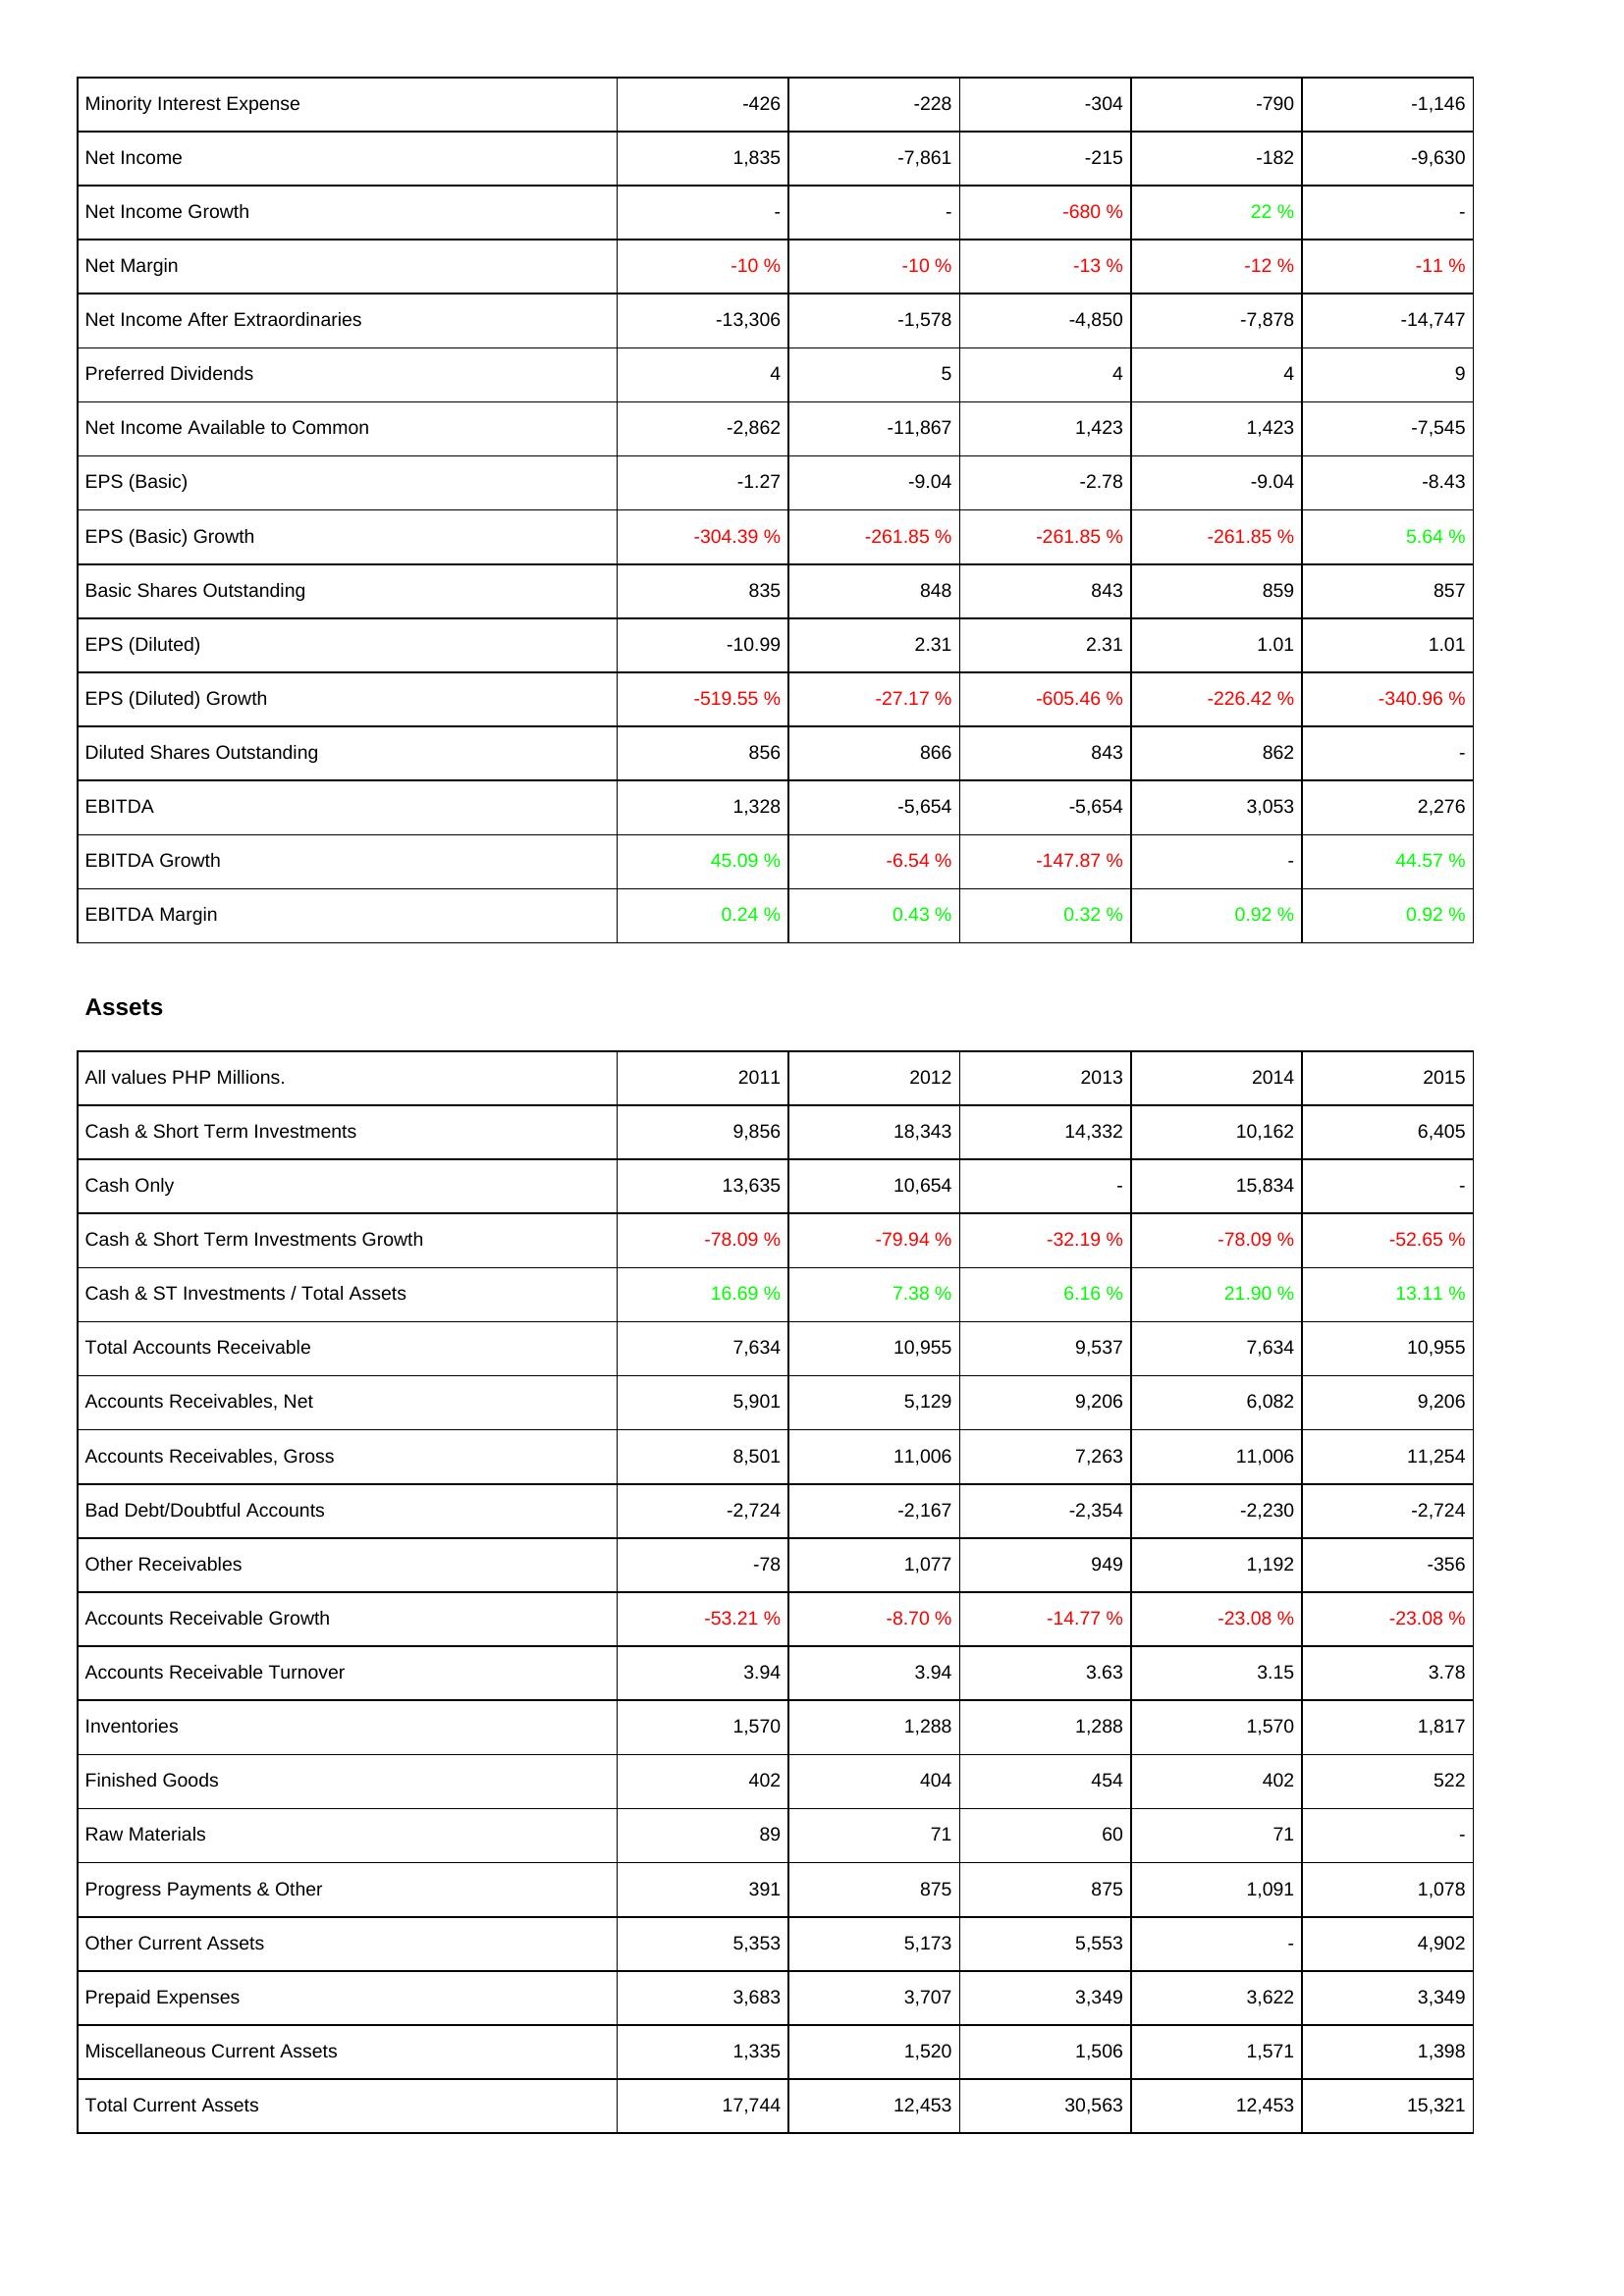
2011: Income Statement: Minority Interest Expense: -426
Net Income: 1,835
Net Income Growth: -
Net Margin: -10 %
Net Income After Extraordinaries: -13,306
Preferred Dividends: 4
Net Income Available to Common: -2,862
EPS (Basic): -1.27
EPS (Basic) Growth: -304.39 %
Basic Shares Outstanding: 835
EPS (Diluted): -10.99
EPS (Diluted) Growth: -519.55 %
Diluted Shares Outstanding: 856
EBITDA: 1,328
EBITDA Growth: 45.09 %
EBITDA Margin: 0.24 %
Assets: Cash & Short Term Investments: 9,856
Cash Only: 13,635
Cash & Short Term Investments Growth: -78.09 %
Cash & ST Investments / Total Assets: 16.69 %
Total Accounts Receivable: 7,634
Accounts Receivables, Net: 5,901
Accounts Receivables, Gross: 8,501
Bad Debt/Doubtful Accounts: -2,724
Other Receivables: -78
Accounts Receivable Growth: -53.21 %
Accounts Receivable Turnover: 3.94
Inventories: 1,570
Finished Goods: 402
Raw Materials: 89
Progress Payments & Other: 391
Other Current Assets: 5,353
Prepaid Expenses: 3,683
Miscellaneous Current Assets: 1,335
Total Current Assets: 17,744
2012: Income Statement: Minority Interest Expense: -228
Net Income: -7,861
Net Income Growth: -
Net Margin: -10 %
Net Income After Extraordinaries: -1,578
Preferred Dividends: 5
Net Income Available to Common: -11,867
EPS (Basic): -9.04
EPS (Basic) Growth: -261.85 %
Basic Shares Outstanding: 848
EPS (Diluted): 2.31
EPS (Diluted) Growth: -27.17 %
Diluted Shares Outstanding: 866
EBITDA: -5,654
EBITDA Growth: -6.54 %
EBITDA Margin: 0.43 %
Assets: Cash & Short Term Investments: 18,343
Cash Only: 10,654
Cash & Short Term Investments Growth: -79.94 %
Cash & ST Investments / Total Assets: 7.38 %
Total Accounts Receivable: 10,955
Accounts Receivables, Net: 5,129
Accounts Receivables, Gross: 11,006
Bad Debt/Doubtful Accounts: -2,167
Other Receivables: 1,077
Accounts Receivable Growth: -8.70 %
Accounts Receivable Turnover: 3.94
Inventories: 1,288
Finished Goods: 404
Raw Materials: 71
Progress Payments & Other: 875
Other Current Assets: 5,173
Prepaid Expenses: 3,707
Miscellaneous Current Assets: 1,520
Total Current Assets: 12,453
2013: Income Statement: Minority Interest Expense: -304
Net Income: -215
Net Income Growth: -680 %
Net Margin: -13 %
Net Income After Extraordinaries: -4,850
Preferred Dividends: 4
Net Income Available to Common: 1,423
EPS (Basic): -2.78
EPS (Basic) Growth: -261.85 %
Basic Shares Outstanding: 843
EPS (Diluted): 2.31
EPS (Diluted) Growth: -605.46 %
Diluted Shares Outstanding: 843
EBITDA: -5,654
EBITDA Growth: -147.87 %
EBITDA Margin: 0.32 %
Assets: Cash & Short Term Investments: 14,332
Cash Only: -
Cash & Short Term Investments Growth: -32.19 %
Cash & ST Investments / Total Assets: 6.16 %
Total Accounts Receivable: 9,537
Accounts Receivables, Net: 9,206
Accounts Receivables, Gross: 7,263
Bad Debt/Doubtful Accounts: -2,354
Other Receivables: 949
Accounts Receivable Growth: -14.77 %
Accounts Receivable Turnover: 3.63
Inventories: 1,288
Finished Goods: 454
Raw Materials: 60
Progress Payments & Other: 875
Other Current Assets: 5,553
Prepaid Expenses: 3,349
Miscellaneous Current Assets: 1,506
Total Current Assets: 30,563
2014: Income Statement: Minority Interest Expense: -790
Net Income: -182
Net Income Growth: 22 %
Net Margin: -12 %
Net Income After Extraordinaries: -7,878
Preferred Dividends: 4
Net Income Available to Common: 1,423
EPS (Basic): -9.04
EPS (Basic) Growth: -261.85 %
Basic Shares Outstanding: 859
EPS (Diluted): 1.01
EPS (Diluted) Growth: -226.42 %
Diluted Shares Outstanding: 862
EBITDA: 3,053
EBITDA Growth: -
EBITDA Margin: 0.92 %
Assets: Cash & Short Term Investments: 10,162
Cash Only: 15,834
Cash & Short Term Investments Growth: -78.09 %
Cash & ST Investments / Total Assets: 21.90 %
Total Accounts Receivable: 7,634
Accounts Receivables, Net: 6,082
Accounts Receivables, Gross: 11,006
Bad Debt/Doubtful Accounts: -2,230
Other Receivables: 1,192
Accounts Receivable Growth: -23.08 %
Accounts Receivable Turnover: 3.15
Inventories: 1,570
Finished Goods: 402
Raw Materials: 71
Progress Payments & Other: 1,091
Other Current Assets: -
Prepaid Expenses: 3,622
Miscellaneous Current Assets: 1,571
Total Current Assets: 12,453
2015: Income Statement: Minority Interest Expense: -1,146
Net Income: -9,630
Net Income Growth: -
Net Margin: -11 %
Net Income After Extraordinaries: -14,747
Preferred Dividends: 9
Net Income Available to Common: -7,545
EPS (Basic): -8.43
EPS (Basic) Growth: 5.64 %
Basic Shares Outstanding: 857
EPS (Diluted): 1.01
EPS (Diluted) Growth: -340.96 %
Diluted Shares Outstanding: -
EBITDA: 2,276
EBITDA Growth: 44.57 %
EBITDA Margin: 0.92 %
Assets: Cash & Short Term Investments: 6,405
Cash Only: -
Cash & Short Term Investments Growth: -52.65 %
Cash & ST Investments / Total Assets: 13.11 %
Total Accounts Receivable: 10,955
Accounts Receivables, Net: 9,206
Accounts Receivables, Gross: 11,254
Bad Debt/Doubtful Accounts: -2,724
Other Receivables: -356
Accounts Receivable Growth: -23.08 %
Accounts Receivable Turnover: 3.78
Inventories: 1,817
Finished Goods: 522
Raw Materials: -
Progress Payments & Other: 1,078
Other Current Assets: 4,902
Prepaid Expenses: 3,349
Miscellaneous Current Assets: 1,398
Total Current Assets: 15,321